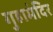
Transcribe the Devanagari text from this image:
गुहामंदिर